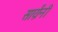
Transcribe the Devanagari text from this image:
सार्य़ंनी